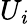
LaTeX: U_{\mathit{i}}